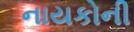
નાયકોની